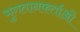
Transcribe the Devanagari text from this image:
भुगतानकर्ताओं